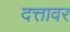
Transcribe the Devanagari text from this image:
दत्तावर